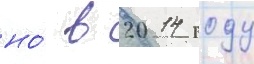
но́ в 2014 году